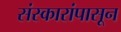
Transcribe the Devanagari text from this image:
संस्कारांपासून